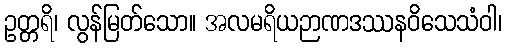
ဥတ္တရိ၊ လွန်မြတ်သော။ အလမရိယဉာဏဒဿနဝိသေသံဝါ၊